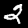
Label: 2